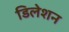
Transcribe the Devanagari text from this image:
डिलेशन